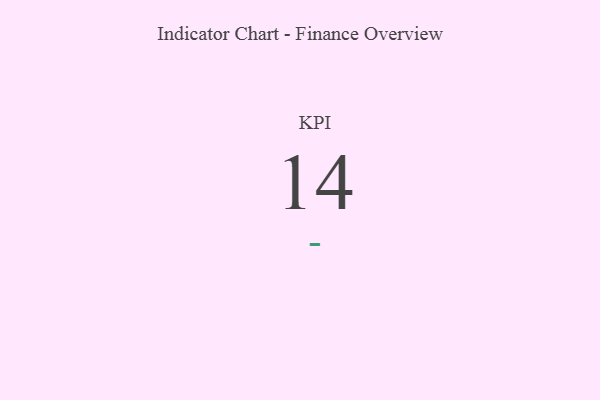
{"axis": {"x": "KPI", "y": "Value"}, "legend": [""], "data": [{"x": "KPI", "y": 14, "type": ""}]}